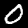
Digit: 0